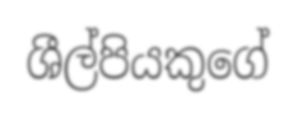
ශීල්පියකුගේ